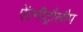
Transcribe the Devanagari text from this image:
ऐंटनीट्रौलौप